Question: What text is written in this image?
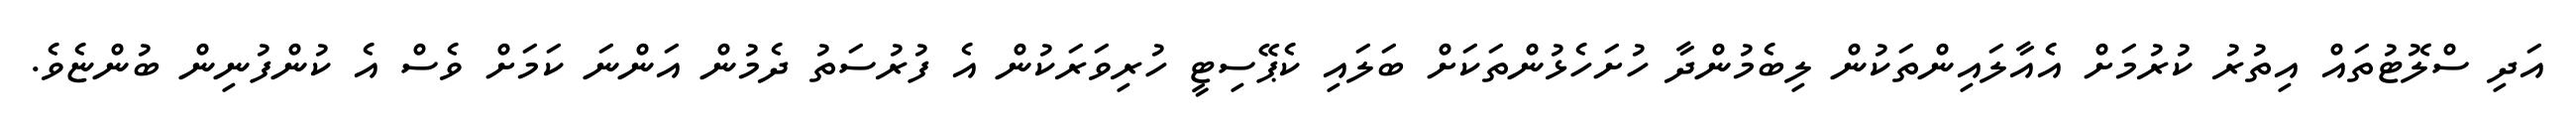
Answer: އަދި ސްލޮޓުތައް އިތުރު ކުރުމަށް އެއާލައިންތަކުން ލިބެމުންދާ ހުށަހެޅުންތަކަށް ބަލައި ކެޕޭސިޓީ ހުރިވަރަކުން އެ ފުރުސަތު ދެމުން އަންނަ ކަމަށް ވެސް އެ ކުންފުނިން ބުންޏެވެ.